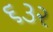
૬૩૨